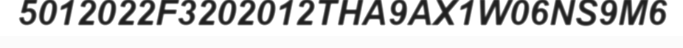
5012022F3202012THA9AX1W06NS9M6